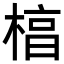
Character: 𬃬